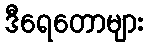
ဒီရေတောများ